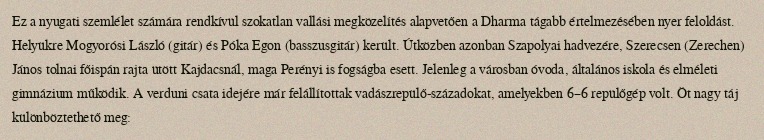
Ez a nyugati szemlélet számára rendkívül szokatlan vallási megközelítés alapvetően a Dharma tágabb értelmezésében nyer feloldást. Helyükre Mogyorósi László (gitár) és Póka Egon (basszusgitár) került. Útközben azonban Szapolyai hadvezére, Szerecsen (Zerechen) János tolnai főispán rajta ütött Kajdacsnál, maga Perényi is fogságba esett. Jelenleg a városban óvoda, általános iskola és elméleti gimnázium működik. A verduni csata idejére már felállítottak vadászrepülő-századokat, amelyekben 6–6 repülőgép volt. Öt nagy táj különböztethető meg: